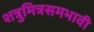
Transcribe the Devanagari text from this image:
शत्रुमित्रसमभावी